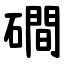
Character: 磵